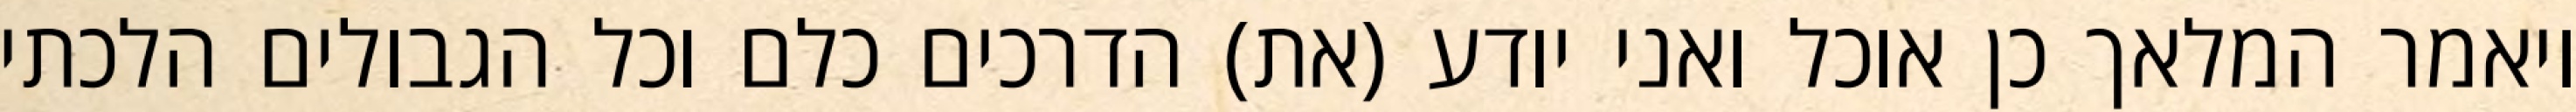
ויאמר המלאך כן אוכל ואני יודע (את) הדרכים כלם וכל הגבולים הלכתי